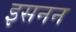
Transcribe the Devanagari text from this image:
इसनन